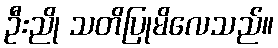
ဦးညို သတိပြုမိလေသည်။